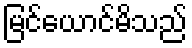
မြင်ယောင်မိသည်